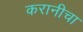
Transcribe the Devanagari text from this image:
करानीचा